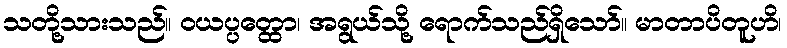
သတို့သားသည်။ ဝယပ္ပတ္ထော၊ အရွယ်သို့ ရောက်သည်ရှိသော်။ မာတာပိတူဟိ၊